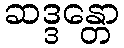
ဆဒ္ဒန္တော